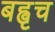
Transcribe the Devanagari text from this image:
बह्वृच